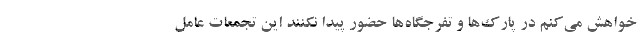
خواهش می‌کنم در پارک‌ها و تفرجگاه‌ها حضور پیدا نکنند این تجمعات عامل